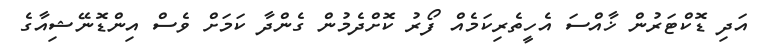
އަދި ޑޮކްޓަރުން ޚާއްސަ އެހީތެރިކަމެއް ފޯރު ކޮށްދެމުން ގެންދާ ކަމަށް ވެސް އިންޑޮނޭޝިއާގެ